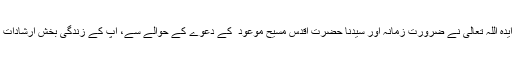
حضور انور ایدہ اللہ تعالیٰ نے ضرورت زمانہ اور سیدنا حضرت اقدس مسیح موعود ؑ کے دعوے کے حوالے سے، آپ ؑکے زندگی بخش ارشادات پیش فرمائے۔